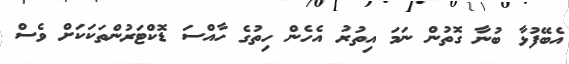
އެބޭފުޅާ ބުނާ ގޮތުން ނަމަ އިތުރު އެހެން ހިތުގެ ހާއްސަ ޑޮކްޓަރުންތަކަކަށް ވެސް